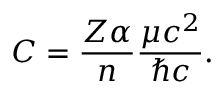
C = { \frac { Z \alpha } { n } } { \frac { \mu c ^ { 2 } } { \hbar c } } .